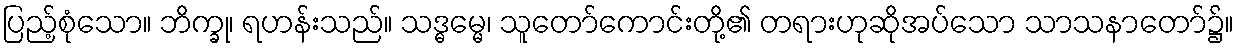
ပြည့်စုံသော။ ဘိက္ခု၊ ရဟန်းသည်။ သဒ္ဓမ္မေ၊ သူတော်ကောင်းတို့၏ တရားဟုဆိုအပ်သော သာသနာတော်၌။